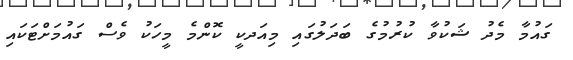
ގައުމާ މެދު ޝަކުވާ ކުރުމުގެ ބަދަލުގައި މިއަދކީ ކޮންމެ މީހަކު ވެސް ގައުމަށްޓަކައި